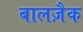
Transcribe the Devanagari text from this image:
बालज़ैक